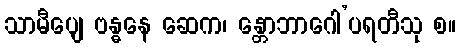
သာမီပျေ ဗန္ဓနေ ဆေက၊ န္တောဘာဂေါ’ပရတီသု စ။